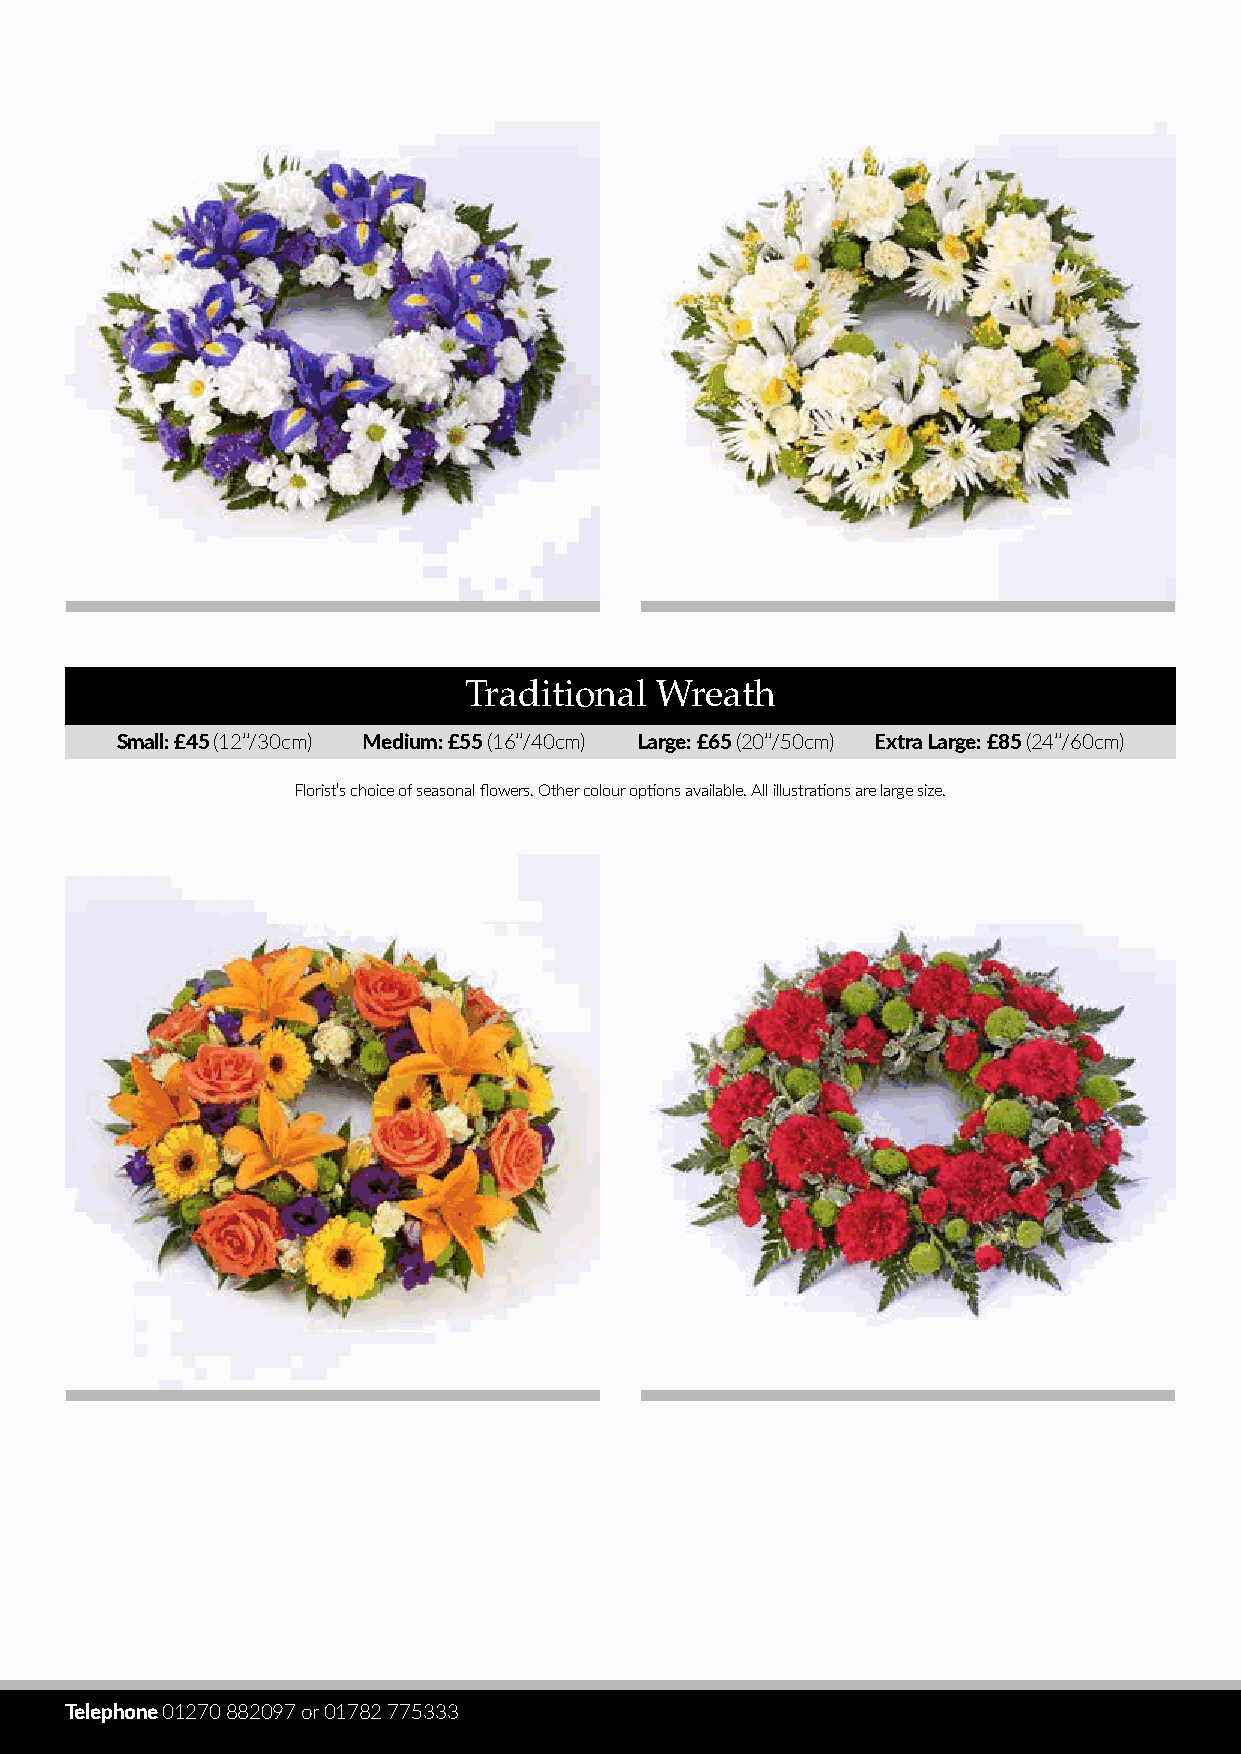
Traditional Wreath
 Small: £45 (12’’/30cm) Medium: £55 (16’’/40cm) Large: £65 (20’’/50cm) Extra Large: £85 (24’’/60cm)
 Florist’s choice of seasonal flowers. Other colour options available. All illustrations are large size.
 Telephone 01270 882097 or 01782 775333